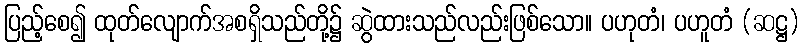
ပြည့်စေ၍ ထုတ်လျောက်အစရှိသည်တို့၌ ဆွဲထားသည်လည်းဖြစ်သော။ ပဟုတံ၊ ပဟူတံ (ဆဋ္ဌ)